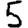
Digit: 5